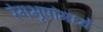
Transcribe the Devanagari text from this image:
रंगभूषांमध्ये